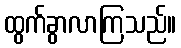
ထွက်ခွာလာကြသည်။